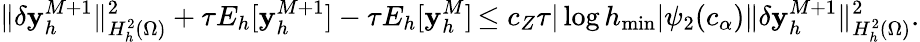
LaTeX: \| \delta\mathbf{y}_{h}^{M+1}\| _{H_{h}^{2}(\Omega)}^{2}+\tau E_{h}[\mathbf{y}_{h}^{M+1}]-\tau E_{h}[\mathbf{y}_{h}^{M}]\, {\le c_{Z}}\tau|\log h_{\operatorname*{min}}|\psi_{2}(c_{\alpha})\| \delta\mathbf{y}_{h}^{M+1}\| _{H_{h}^{2}(\Omega)}^{2}.